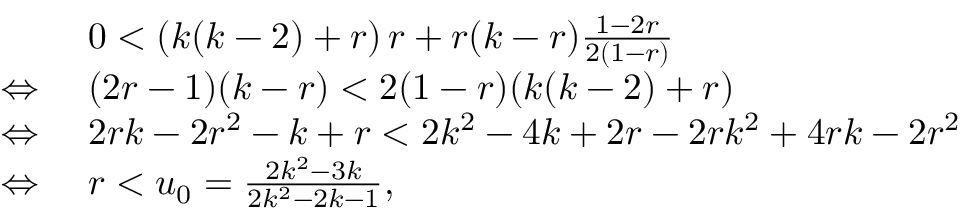
\begin{array} { r l } & { 0 < \left( k ( k - 2 ) + r \right) r + r ( k - r ) \frac { 1 - 2 r } { 2 ( 1 - r ) } } \\ { \Leftrightarrow \, \, } & { ( 2 r - 1 ) ( k - r ) < 2 ( 1 - r ) ( k ( k - 2 ) + r ) } \\ { \Leftrightarrow \, \, } & { 2 r k - 2 r ^ { 2 } - k + r < 2 k ^ { 2 } - 4 k + 2 r - 2 r k ^ { 2 } + 4 r k - 2 r ^ { 2 } } \\ { \Leftrightarrow \, \, } & { r < u _ { 0 } = \frac { 2 k ^ { 2 } - 3 k } { 2 k ^ { 2 } - 2 k - 1 } , } \end{array}